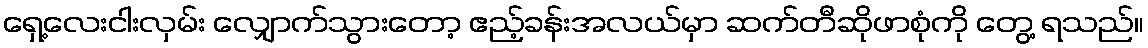
ရှေ့လေးငါးလှမ်း လျှောက်သွားတော့ ဧည့်ခန်းအလယ်မှာ ဆက်တီဆိုဖာစုံကို တွေ့ ရသည်။